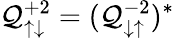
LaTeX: \mathcal{Q}_{\uparrow\downarrow}^{+2}=(\mathcal{Q}_{\downarrow\uparrow}^{-2})^{*}